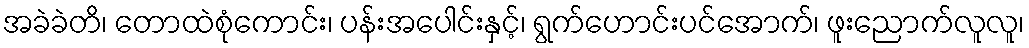
အခဲခဲတိ၊ တောထဲစုံကောင်း၊ ပန်းအပေါင်းနှင့်၊ ရွက်ဟောင်းပင်အောက်၊ ဖူးညောက်လူလူ၊